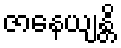
ဇာနေယျန္တိ